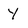
Character: Y